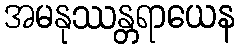
အမနုဿန္တရာယေန